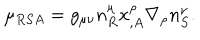
\mu _ { R S A } = g _ { \mu \nu } n _ { R } ^ { \mu } x _ { , A } ^ { \rho } \nabla _ { \rho } n _ { S } ^ { \nu } .